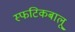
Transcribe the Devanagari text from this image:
स्फटिकबालू